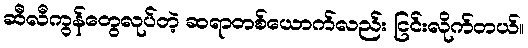
ဆီလီကွန်တွေလုပ်တဲ့ ဆရာတစ်ယောက်လည်း ငြင်းလိုက်တယ်။